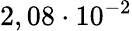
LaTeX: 2,08\cdot 10^{-2}